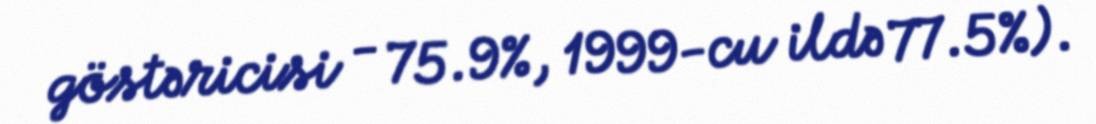
göstəricisi - 75.9%, 1999-cu ildə 77.5%).